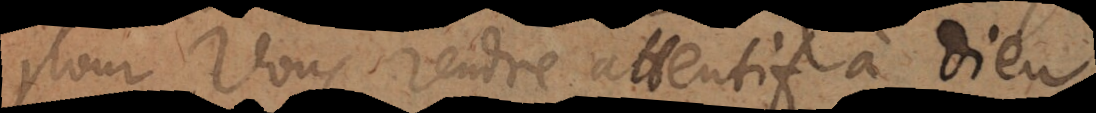
pour vous rendre attentif à Dieu.